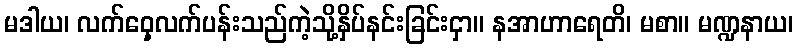
မဒါယ၊ လက်ဝှေ့လက်ပန်းသည်ကဲ့သို့နှိပ်နင်းခြင်းငှာ။ နအာဟာရေတိ၊ မစာ။ မဏ္ဍနာယ၊